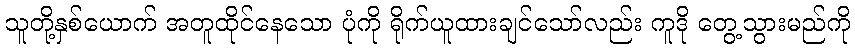
သူတို့နှစ်ယောက် အတူထိုင်နေသော ပုံကို ရိုက်ယူထားချင်သော်လည်း ကူဒို တွေ့သွားမည်ကို